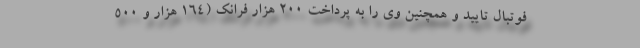
فوتبال تایید و همچنین وی را به پرداخت ۲۰۰ هزار فرانک (۱۶۴ هزار و ۵۰۰